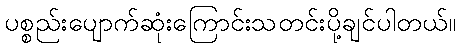
ပစ္စည်းပျောက်ဆုံးကြောင်းသတင်းပို့ချင်ပါတယ်။